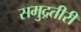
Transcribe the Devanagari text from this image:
समुद्रतीरी